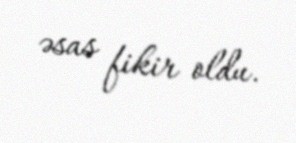
əsas fikir oldu.